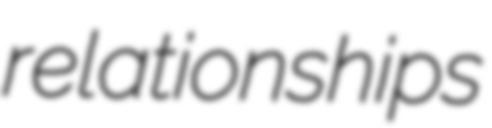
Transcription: relationships